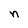
Character: n